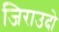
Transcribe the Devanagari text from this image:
जिराउदो